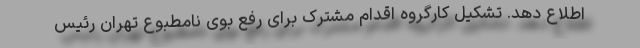
اطلاع دهد. تشکیل کارگروه اقدام مشترک برای رفع بوی نامطبوع تهران رئیس